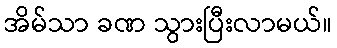
အိမ်သာ ခဏ သွားပြီးလာမယ်။